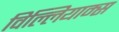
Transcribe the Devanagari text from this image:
विल्लियाम्स